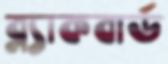
ব্ল্যাকবার্ড